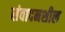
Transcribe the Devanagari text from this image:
संवादनशील